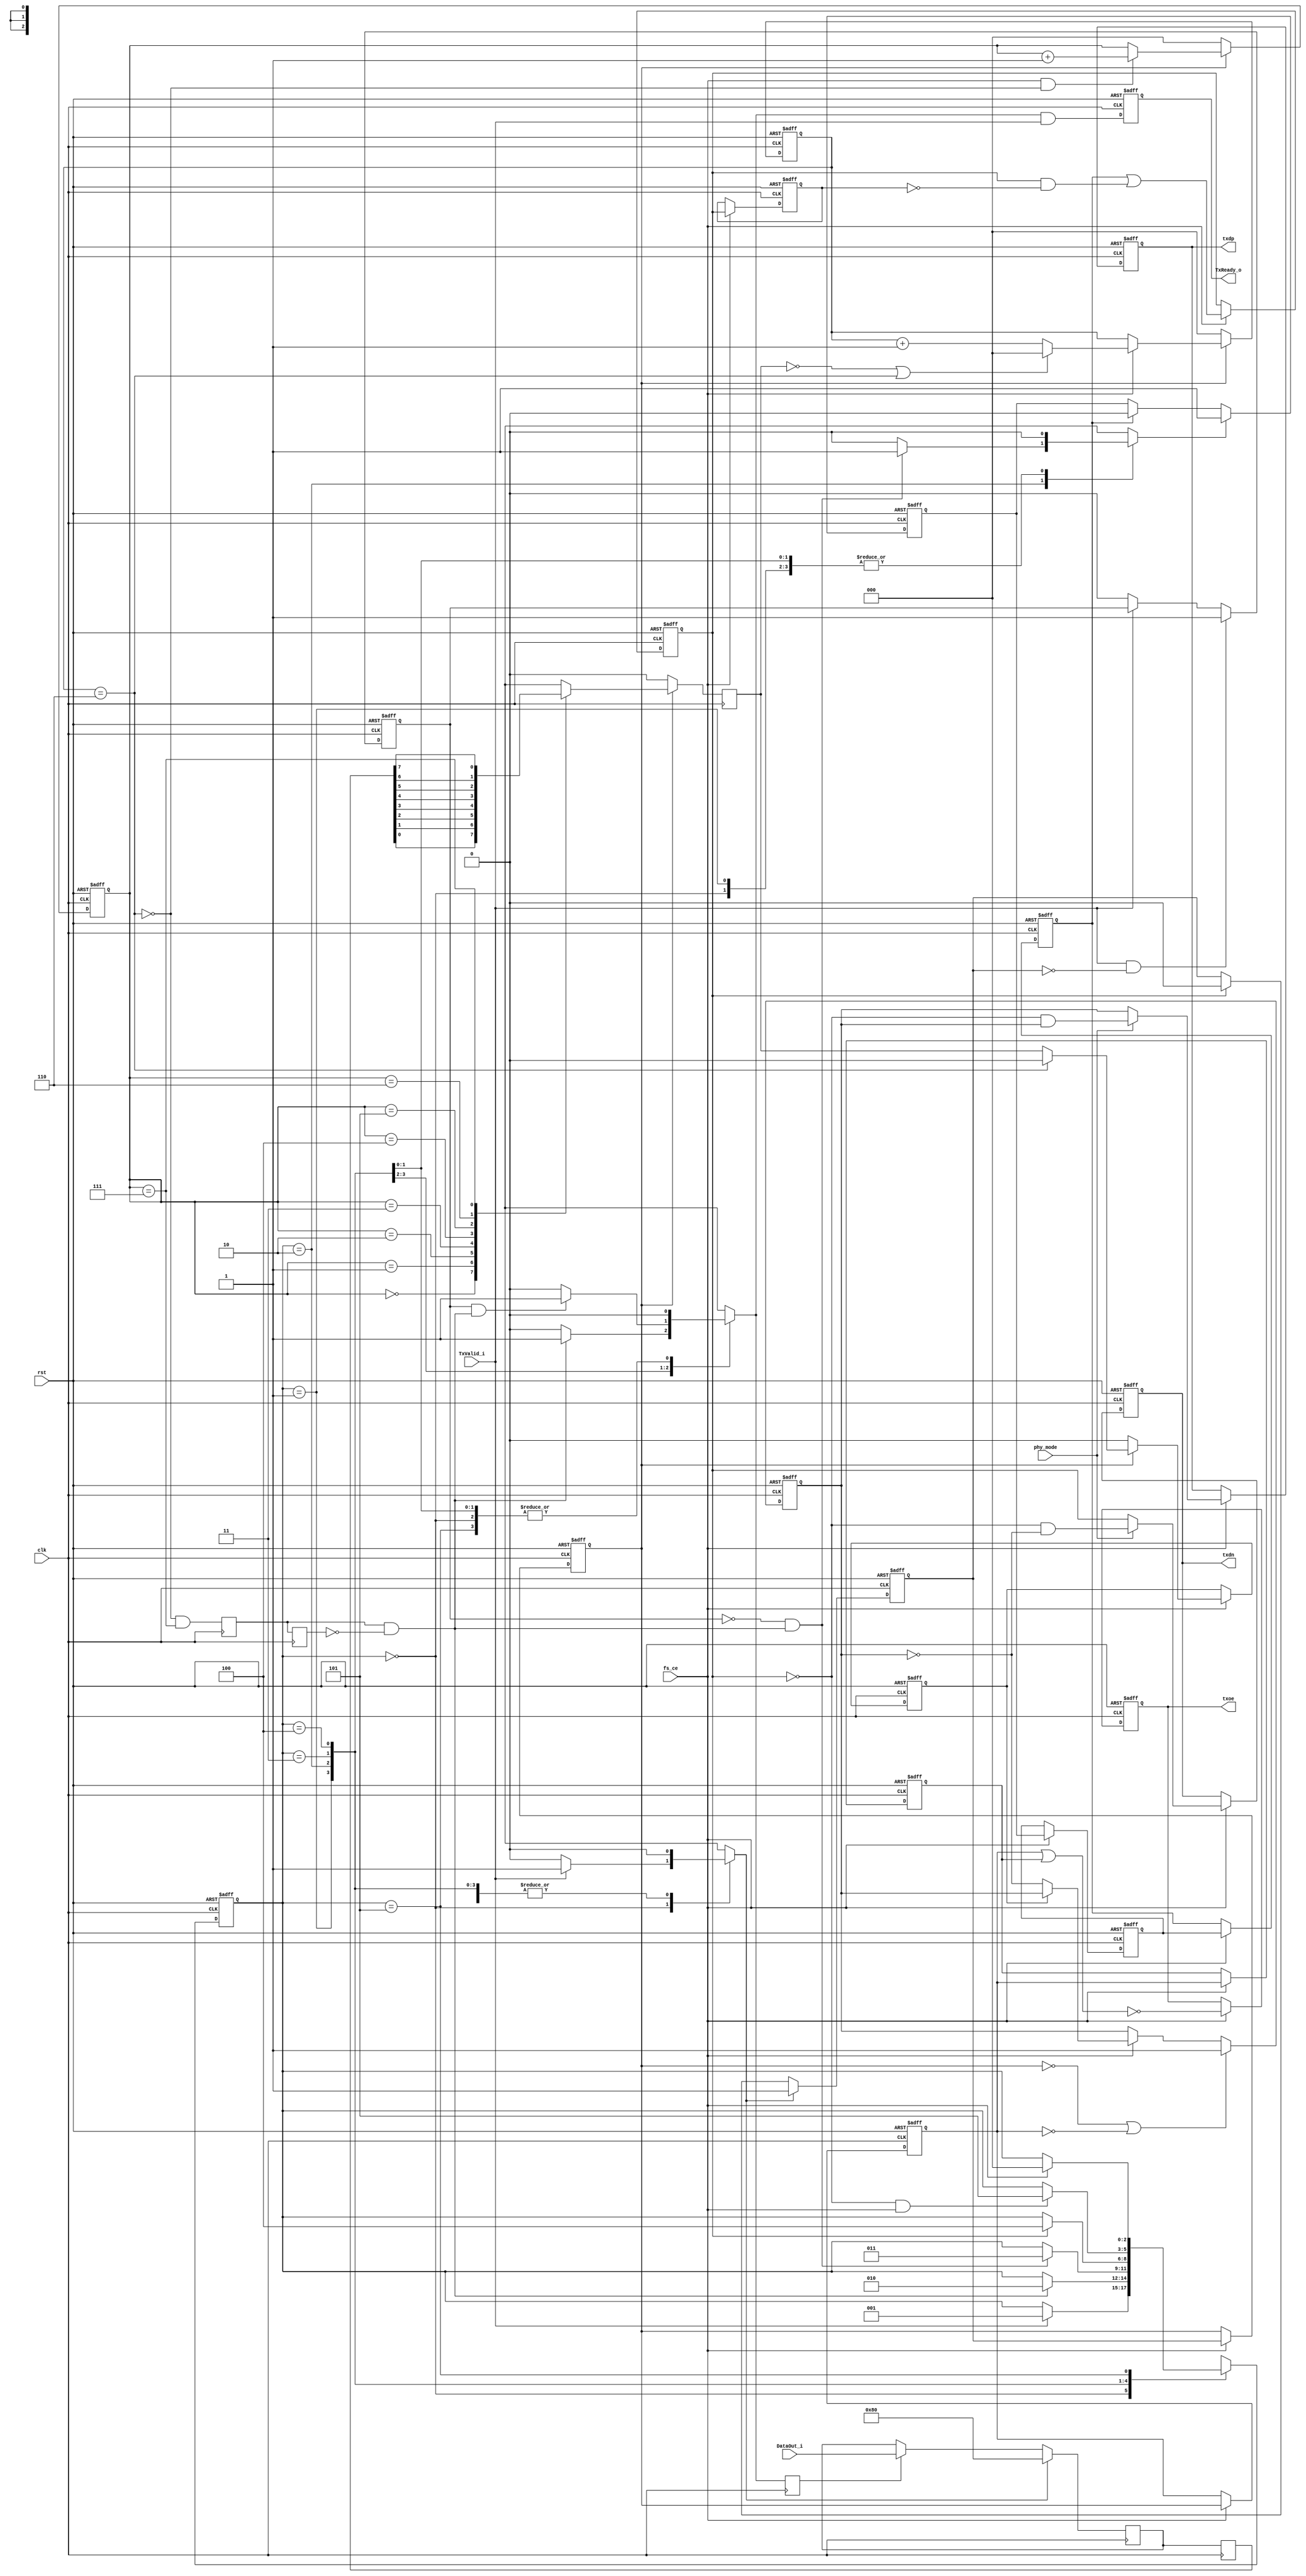
module usb_tx_phy(
		clk, rst, fs_ce, phy_mode,
	
		// Transciever Interface
		txdp, txdn, txoe,	

		// UTMI Interface
		DataOut_i, TxValid_i, TxReady_o
		);

input		clk;
input		rst;
input		fs_ce;
input		phy_mode;
output		txdp, txdn, txoe;
input	[7:0]	DataOut_i;
input		TxValid_i;
output		TxReady_o;

///////////////////////////////////////////////////////////////////
//
// Local Wires and Registers
//

parameter	IDLE	= 3'd0,
		SOP	= 3'h1,
		DATA	= 3'h2,
		EOP1	= 3'h3,
		EOP2	= 3'h4,
		WAIT	= 3'h5;

reg		TxReady_o;
reg	[2:0]	state, next_state;
reg		tx_ready_d;
reg		ld_sop_d;
reg		ld_data_d;
reg		ld_eop_d;
reg		tx_ip;
reg		tx_ip_sync;
reg	[2:0]	bit_cnt;
reg	[7:0]	hold_reg;
reg	[7:0]	hold_reg_d;

reg		sd_raw_o;
wire		hold;
reg		data_done;
reg		sft_done;
reg		sft_done_r;
wire		sft_done_e;
reg		ld_data;
wire		eop_done;
reg	[2:0]	one_cnt;
wire		stuff;
reg		sd_bs_o;
reg		sd_nrzi_o;
reg		append_eop;
reg		append_eop_sync1;
reg		append_eop_sync2;
reg		append_eop_sync3;
reg		append_eop_sync4;
reg		txdp, txdn;
reg		txoe_r1, txoe_r2;
reg		txoe;

///////////////////////////////////////////////////////////////////
//
// Misc Logic
//

always @(posedge clk or negedge rst)
	if(!rst)	TxReady_o <= 1'b0;
	else		TxReady_o <= tx_ready_d & TxValid_i;

always @(posedge clk) ld_data <= ld_data_d;

///////////////////////////////////////////////////////////////////
//
// Transmit in progress indicator
//

always @(posedge clk or negedge rst)
	if(!rst)	tx_ip <= 1'b0;
	else
	if(ld_sop_d)	tx_ip <= 1'b1;
	else
	if(eop_done)	tx_ip <= 1'b0;

always @(posedge clk or negedge rst)
	if(!rst)		tx_ip_sync <= 1'b0;
	else
	if(fs_ce)		tx_ip_sync <= tx_ip;

// data_done helps us to catch cases where TxValid drops due to
// packet end and then gets re-asserted as a new packet starts.
// We might not see this because we are still transmitting.
// data_done should solve those cases ...
always @(posedge clk or negedge rst)
	if(!rst)			data_done <= 1'b0;
	else
	if(TxValid_i && ! tx_ip)	data_done <= 1'b1;
	else
	if(!TxValid_i)			data_done <= 1'b0;

///////////////////////////////////////////////////////////////////
//
// Shift Register
//

always @(posedge clk or negedge rst)
	if(!rst)		bit_cnt <= 3'h0;
	else
	if(!tx_ip_sync)		bit_cnt <= 3'h0;
	else
	if(fs_ce && !hold)	bit_cnt <= bit_cnt + 3'h1;

assign hold = stuff;

always @(posedge clk)
	if(!tx_ip_sync)		sd_raw_o <= 1'b0;
	else
	case(bit_cnt)	// synopsys full_case parallel_case
	   3'h0: sd_raw_o <= hold_reg_d[0];
	   3'h1: sd_raw_o <= hold_reg_d[1];
	   3'h2: sd_raw_o <= hold_reg_d[2];
	   3'h3: sd_raw_o <= hold_reg_d[3];
	   3'h4: sd_raw_o <= hold_reg_d[4];
	   3'h5: sd_raw_o <= hold_reg_d[5];
	   3'h6: sd_raw_o <= hold_reg_d[6];
	   3'h7: sd_raw_o <= hold_reg_d[7];
	endcase

always @(posedge clk)
	sft_done <= !hold & (bit_cnt == 3'h7);

always @(posedge clk)
	sft_done_r <= sft_done;

assign sft_done_e = sft_done & !sft_done_r;

// Out Data Hold Register
always @(posedge clk)
	if(ld_sop_d)	hold_reg <= 8'h80;
	else
	if(ld_data)	hold_reg <= DataOut_i;

always @(posedge clk) hold_reg_d <= hold_reg;

///////////////////////////////////////////////////////////////////
//
// Bit Stuffer
//

always @(posedge clk or negedge rst)
	if(!rst)	one_cnt <= 3'h0;
	else
	if(!tx_ip_sync)	one_cnt <= 3'h0;
	else
	if(fs_ce)
	   begin
		if(!sd_raw_o || stuff)	one_cnt <= 3'h0;
		else			one_cnt <= one_cnt + 3'h1;
	   end

assign stuff = (one_cnt==3'h6);

always @(posedge clk or negedge rst)
	if(!rst)	sd_bs_o <= 1'h0;
	else
	if(fs_ce)	sd_bs_o <= !tx_ip_sync ? 1'b0 : (stuff ? 1'b0 : sd_raw_o);

///////////////////////////////////////////////////////////////////
//
// NRZI Encoder
//

always @(posedge clk or negedge rst)
	if(!rst)			sd_nrzi_o <= 1'b1;
	else
	if(!tx_ip_sync || !txoe_r1)	sd_nrzi_o <= 1'b1;
	else
	if(fs_ce)			sd_nrzi_o <= sd_bs_o ? sd_nrzi_o : ~sd_nrzi_o;

///////////////////////////////////////////////////////////////////
//
// EOP append logic
//

always @(posedge clk or negedge rst)
	if(!rst)		append_eop <= 1'b0;
	else
	if(ld_eop_d)		append_eop <= 1'b1;
	else
	if(append_eop_sync2)	append_eop <= 1'b0;


always @(posedge clk or negedge rst)
	if(!rst)	append_eop_sync1 <= 1'b0;
	else
	if(fs_ce)	append_eop_sync1 <= append_eop;


always @(posedge clk or negedge rst)
	if(!rst)	append_eop_sync2 <= 1'b0;
	else
	if(fs_ce)	append_eop_sync2 <= append_eop_sync1;

always @(posedge clk or negedge rst)
	if(!rst)	append_eop_sync3 <= 1'b0;
	else
	if(fs_ce)	append_eop_sync3 <= append_eop_sync2 |
			(append_eop_sync3 & !append_eop_sync4);	// Make sure always 2 bit wide


always @(posedge clk or negedge rst)
	if(!rst)	append_eop_sync4 <= 1'b0;
	else
	if(fs_ce)	append_eop_sync4 <= append_eop_sync3;

assign eop_done = append_eop_sync3;

///////////////////////////////////////////////////////////////////
//
// Output Enable Logic
//


always @(posedge clk or negedge rst)
	if(!rst)	txoe_r1 <= 1'b0;
	else
	if(fs_ce)	txoe_r1 <= tx_ip_sync;


always @(posedge clk or negedge rst)
	if(!rst)	txoe_r2 <= 1'b0;
	else
	if(fs_ce)	txoe_r2 <= txoe_r1;


always @(posedge clk or negedge rst)
	if(!rst)	txoe <= 1'b1;
	else
	if(fs_ce)	txoe <= !(txoe_r1 | txoe_r2);

///////////////////////////////////////////////////////////////////
//
// Output Registers
//

always @(posedge clk or negedge rst)
	if(!rst)	txdp <= 1'b1;
	else
	if(fs_ce)	txdp <= phy_mode ?
					(!append_eop_sync3 &  sd_nrzi_o) :
					sd_nrzi_o;


always @(posedge clk or negedge rst)
	if(!rst)	txdn <= 1'b0;
	else
	if(fs_ce)	txdn <= phy_mode ?
					(!append_eop_sync3 & ~sd_nrzi_o) :
					append_eop_sync3;

///////////////////////////////////////////////////////////////////
//
// Tx Statemashine
//


always @(posedge clk or negedge rst)
	if(!rst)	state <= IDLE;
	else		state <= next_state;

always @(state or TxValid_i or data_done or sft_done_e or eop_done or fs_ce)
   begin
	next_state = state;
	tx_ready_d = 1'b0;

	ld_sop_d = 1'b0;
	ld_data_d = 1'b0;
	ld_eop_d = 1'b0;

	case(state)	// synopsys full_case parallel_case
	   IDLE:
			if(TxValid_i)
			   begin
				ld_sop_d = 1'b1;
				next_state = SOP;
			   end
	   SOP:
			if(sft_done_e)
			   begin
				tx_ready_d = 1'b1;
				ld_data_d = 1'b1;
				next_state = DATA;
			   end
	   DATA:
		   begin
			if(!data_done && sft_done_e)
			   begin
				ld_eop_d = 1'b1;
				next_state = EOP1;
			   end
			
			if(data_done && sft_done_e)
			   begin
				tx_ready_d = 1'b1;
				ld_data_d = 1'b1;
			   end
		   end
	   EOP1:
			if(eop_done)		next_state = EOP2;
	   EOP2:
			if(!eop_done && fs_ce)	next_state = WAIT;
	   WAIT:
			if(fs_ce)		next_state = IDLE;
	endcase
   end

endmodule